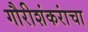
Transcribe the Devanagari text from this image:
गौरीशंकरांचा